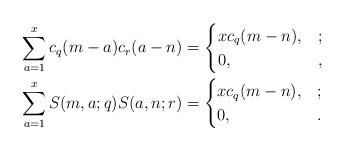
LaTeX: \begin{align*}& \sum_{a=1}^x c_q(m-a) c_r(a-n) =\begin{cases} x c_q(m-n), & ; \\ 0, & , \end{cases} \\& \sum_{a=1}^x S(m,a;q) S(a,n;r) =\begin{cases} x c_q(m-n), & ; \\ 0, & . \end{cases} \end{align*}